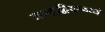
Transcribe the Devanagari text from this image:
जम्बूद्विपामध्ये